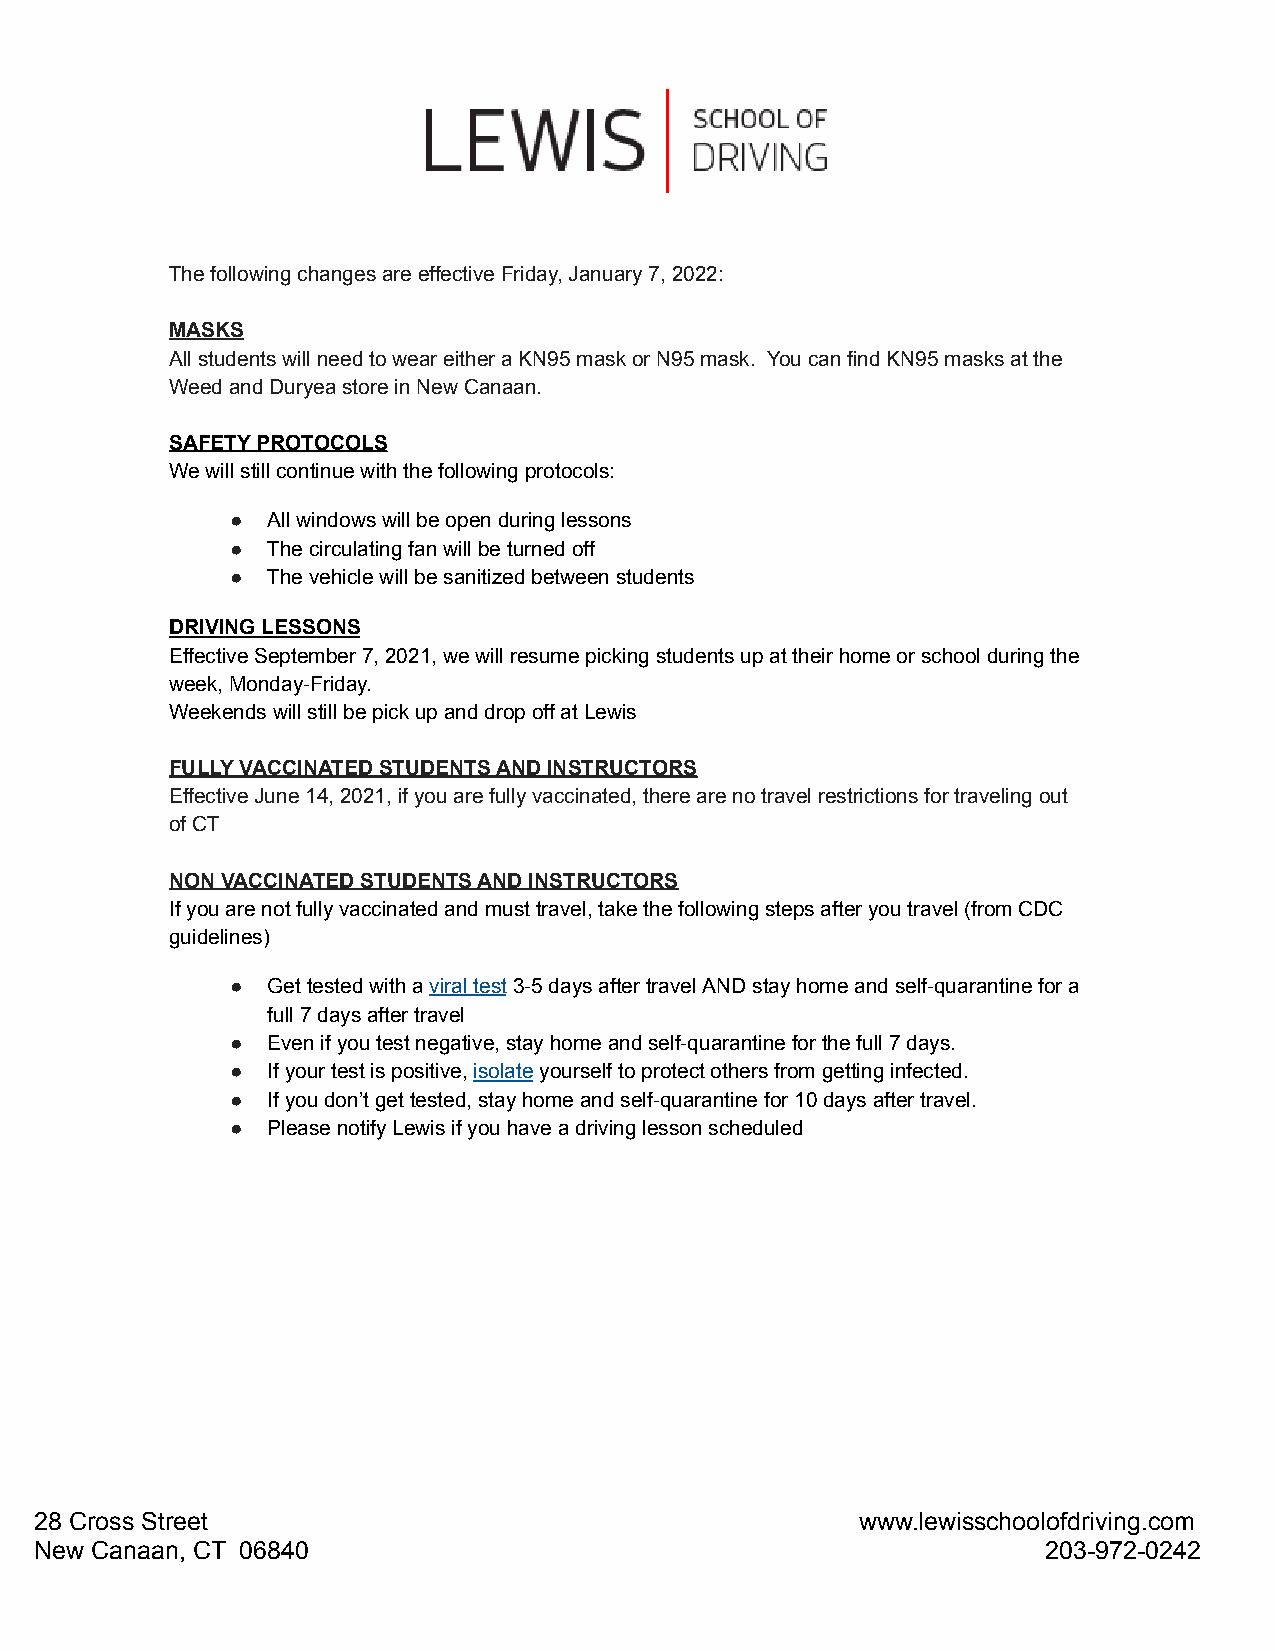
The following changes are effective Friday, January 7, 2022:
 MASKS
 All students will need to wear either a KN95 mask or N95 mask. You can find KN95 masks at the
 Weed and Duryea store in New Canaan.
 SAFETY PROTOCOLS
 We will still continue with the following protocols:
 ●  All windows will be open during lessons
 ●  The circulating fan will be turned off
 ●  The vehicle will be sanitized between students
 DRIVING LESSONS
 Effective September 7, 2021, we will resume picking students up at their home or school during the
 week, Monday-Friday.
 Weekends will still be pick up and drop off at Lewis
 FULLY VACCINATED STUDENTS AND INSTRUCTORS
 Effective June 14, 2021, if you are fully vaccinated, there are no travel restrictions for traveling out
 of CT
 NON VACCINATED STUDENTS AND INSTRUCTORS
 If you are not fully vaccinated and must travel, take the following steps after you travel (from CDC
 guidelines)
 ●  Get tested with aviral test3-5 days after travelAND stay home and self-quarantine for a
 full 7 days after travel
 ●  Even if you test negative, stay home and self-quarantine for the full 7 days.
 ●  If your test is positive,isolateyourself to protectothers from getting infected.
 ●  If you don’t get tested, stay home and self-quarantine for 10 days after travel.
 ●  Please notify Lewis if you have a driving lesson scheduled
 28 Cross Street                                        www.lewisschoolofdriving.com
 New Canaan, CT 06840                                               203-972-0242